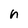
Character: h